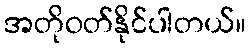
အတိုဝတ်နိုင်ပါတယ်။